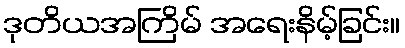
ဒုတိယအကြိမ် အရေးနိမ့်ခြင်း။